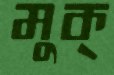
মুক্